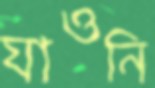
যাওনি